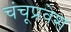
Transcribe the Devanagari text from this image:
चंचूप्रवेश